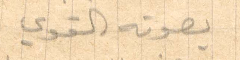
بصوته القوي